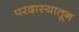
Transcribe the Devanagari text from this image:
परदास्यातून